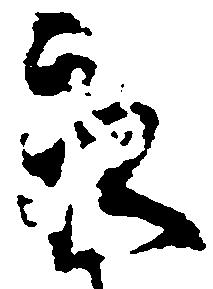
永